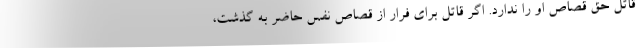
قاتل حق قصاص او را ندارد. اگر قاتل برای فرار از قصاص نفس حاضر به گذشت،